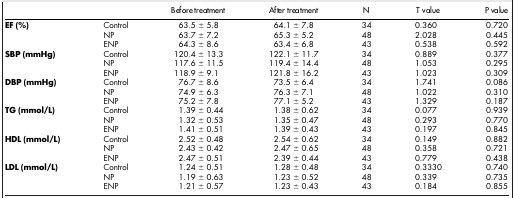
|  |  | Before treatment | After treatment | N | T value | P value |
 | --- | --- | --- | --- | --- | --- | --- |
 | EF (%) | Control | 63.5 ± 5.8 | 64.1 ± 7.8 | 34 | 0.360 | 0.720 |
 |  | NP | 63.7 ± 7.2 | 65.3 ± 5.2 | 48 | 2.028 | 0.445 |
 |  | ENP | 64.3 ± 8.6 | 63.4 ± 6.8 | 43 | 0.538 | 0.592 |
 | SBP (mmHg) | Control | 120.4 ± 13.3 | 122.1 ± 11.7 | 34 | 0.889 | 0.377 |
 |  | NP | 117.6 ± 11.5 | 119.4 ± 14.4 | 48 | 1.053 | 0.295 |
 |  | ENP | 118.9 ± 9.1 | 121.8 ± 16.2 | 43 | 1.023 | 0.309 |
 | DBP (mmHg) | Control | 76.7 ± 8.6 | 73.5 ± 6.4 | 34 | 1.741 | 0.086 |
 |  | NP | 74.9 ± 6.3 | 76.3 ± 7.1 | 48 | 1.022 | 0.310 |
 |  | ENP | 75.2 ± 7.8 | 77.1 ± 5.2 | 43 | 1.329 | 0.187 |
 | TG (mmol/L) | Control | 1.39 ± 0.44 | 1.38 ± 0.62 | 34 | 0.077 | 0.939 |
 |  | NP | 1.32 ± 0.53 | 1.35 ± 0.47 | 48 | 0.293 | 0.770 |
 |  | ENP | 1.41 ± 0.51 | 1.39 ± 0.43 | 43 | 0.197 | 0.845 |
 | HDL (mmol/L) | Control | 2.52 ± 0.48 | 2.54 ± 0.62 | 34 | 0.149 | 0.882 |
 |  | NP | 2.43 ± 0.42 | 2.47 ± 0.65 | 48 | 0.358 | 0.721 |
 |  | ENP | 2.47 ± 0.51 | 2.39 ± 0.44 | 43 | 0.779 | 0.438 |
 | LDL (mmol/L) | Control | 1.24 ± 0.51 | 1.28 ± 0.48 | 34 | 0.3330 | 0.740 |
 |  | NP | 1.19 ± 0.63 | 1.23 ± 0.52 | 48 | 0.339 | 0.735 |
 |  | ENP | 1.21 ± 0.57 | 1.23 ± 0.43 | 43 | 0.184 | 0.855 |